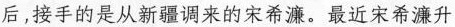
后，接手的是从新疆调来的宋希濂。最近宋希濂升